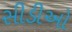
સીડીઓ